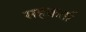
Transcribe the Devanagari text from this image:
सहकर्ता